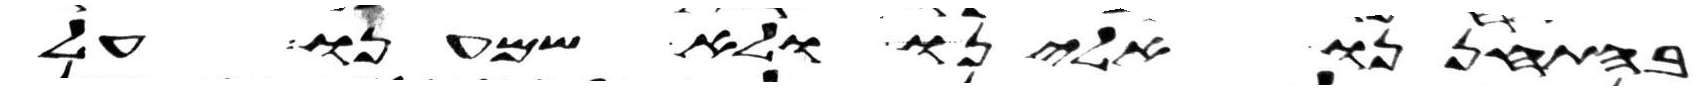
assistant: בהתחננו אלינו ולא שמענו על